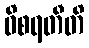
ဝိစရတီတိ